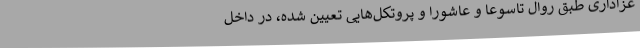
عزاداری طبق روال تاسوعا و عاشورا و پروتکل‌هایی تعیین شده، در داخل